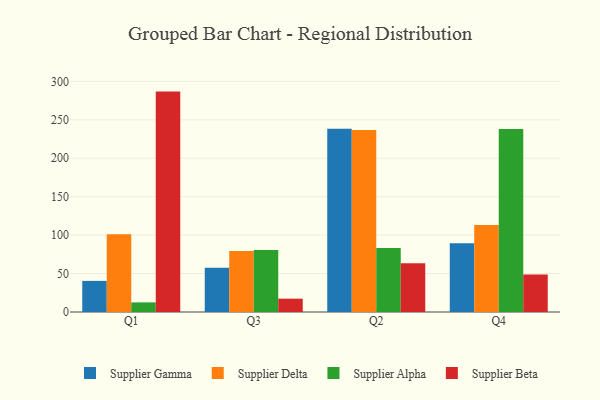
{"axis": {"x": "Quarter", "y": "Energy Usage (MWh)"}, "legend": ["Supplier Alpha", "Supplier Beta", "Supplier Delta", "Supplier Gamma"], "data": [{"x": "Q1", "y": 40.5, "type": "Supplier Gamma"}, {"x": "Q1", "y": 101.3, "type": "Supplier Delta"}, {"x": "Q1", "y": 12.5, "type": "Supplier Alpha"}, {"x": "Q1", "y": 286.7, "type": "Supplier Beta"}, {"x": "Q3", "y": 57.5, "type": "Supplier Gamma"}, {"x": "Q3", "y": 79.5, "type": "Supplier Delta"}, {"x": "Q3", "y": 80.6, "type": "Supplier Alpha"}, {"x": "Q3", "y": 17.3, "type": "Supplier Beta"}, {"x": "Q2", "y": 238.4, "type": "Supplier Gamma"}, {"x": "Q2", "y": 236.7, "type": "Supplier Delta"}, {"x": "Q2", "y": 83.1, "type": "Supplier Alpha"}, {"x": "Q2", "y": 63.5, "type": "Supplier Beta"}, {"x": "Q4", "y": 89.4, "type": "Supplier Gamma"}, {"x": "Q4", "y": 113.1, "type": "Supplier Delta"}, {"x": "Q4", "y": 237.9, "type": "Supplier Alpha"}, {"x": "Q4", "y": 48.9, "type": "Supplier Beta"}]}